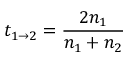
t _ { 1 \rightarrow 2 } = \frac { 2 n _ { 1 } } { n _ { 1 } + n _ { 2 } }